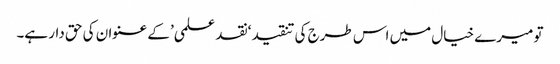
تو میرے خیال میں اس طرج کی تنقید ‘نقد علمی’ کے عنوان کی حق دار ہے۔